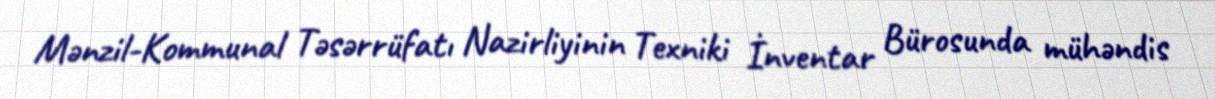
Mənzil-Kommunal Təsərrüfatı Nazirliyinin Texniki İnventar Bürosunda mühəndis